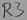
Text: R3